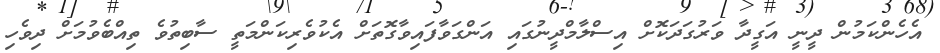
އެހެންކަމުން ދީނީ އަގީދާ ވަރުގަދަކޮށް އިސްލާމްދީނުގައި އަންގަވާފައިވާގޮތަށް އެކުވެރިކަންމަތީ ސާބިތުވެ ތިއްބެވުމަށް ދިވެހި